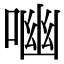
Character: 㗀